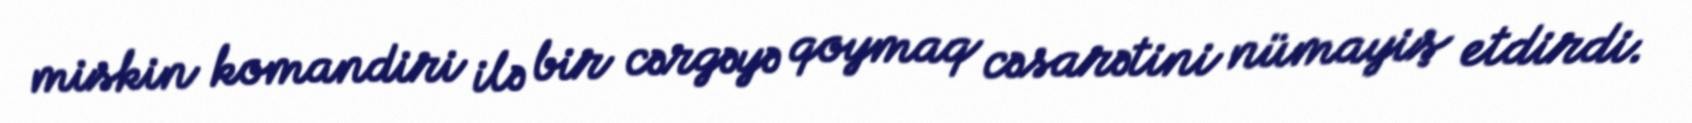
miskin komandiri ilə bir cərgəyə qoymaq cəsarətini nümayiş etdirdi.